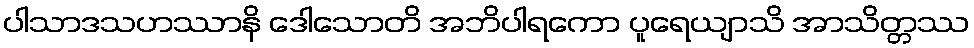
ပါသာဒသဟဿာနိ ဒေါသောတိ အဘိပါရကော ပူရေယျာသိ အာသိတ္တဿ